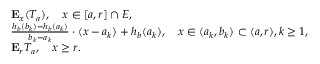
\begin{array} { r l } & { \mathbf { E } _ { x } ( T _ { a } ) , \quad x \in [ a , r ] \cap E , } \\ & { \frac { h _ { b } ( b _ { k } ) - h _ { b } ( a _ { k } ) } { b _ { k } - a _ { k } } \cdot ( x - a _ { k } ) + h _ { b } ( a _ { k } ) , \quad x \in ( a _ { k } , b _ { k } ) \subset ( a , r ) , k \geq 1 , } \\ & { \mathbf { E } _ { r } T _ { a } , \quad x \geq r . } \end{array}